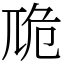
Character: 卼